Report of the King Institute of Preventive Medicine, Guindy
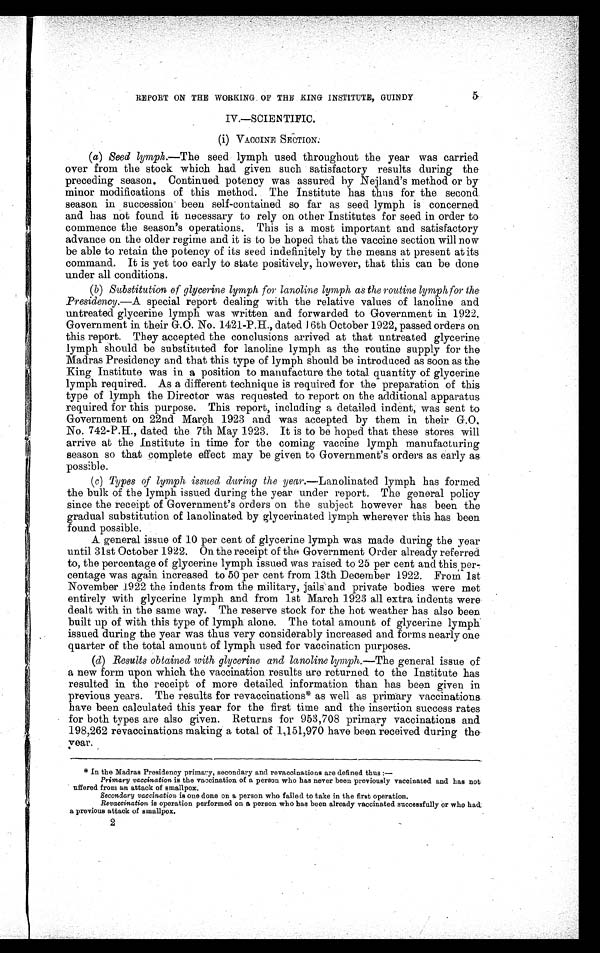
REPORT ON THE WORKING OF THE KING INSTITUTE, GUINDY
5
IV.—SCIENTIFIC.
(i) VACCINE SECTION.
(a) Seed lympk.—The seed lymph used throughout the year was carried
over from the stock which had given such satisfactory results during the
preceding season. Continued potency was assured by Nejland's method or by
minor modifications of this method. The Institute has thus for the second
season in succession been self-contained so far as seed lymph is concerned
and has not found it necessary to rely on other Institutes for seed in order to
commence the season's operations. This is a most important and satisfactory
advance on the older regime and it is to be hoped that the vaccine section will now
be able to retain the potency of its seed indefinitely by the means at present at its
command. It is yet too early to state positively, however, that this can be done
under all conditions.
(b) Substitution of glycerine lymph for lanoline lymph as the routine lymph for the
Presidency. —A special report dealing with the relative values of lanoline and
untreated glycerine lymph was written and forwarded to Government in 1922.
Government in their G.O. No. 1421–P.H., dated 16th October 1922, passed orders on
this report. They accepted the conclusions arrived at that untreated glycerine
lymph should be substituted for lanoline lymph as the routine supply for the
Madras Presidency and that this type of lymph should be introduced as soon as the
King Institute was in a position to manufacture the total quantity of glycerine
lymph required. As a different technique is required for the preparation of this
type of lymph the Director was requested to report on the additional apparatus
required for this purpose. This report, including a detailed indent, was sent to
Government on 22nd March 1923 and was accepted by them in their G.O.
No. 742–P.H., dated the 7th May 1923. It is to be hoped that these stores will
arrive at the Institute in time for the coming vaccine lymph manufacturing
season so that complete effect may be given to Government's orders as early as
possible.
(c) Types of lymph issued during the year.—Lanolinated lymph has formed
the bulk of the lymph issued during the year under report. The general policy
since the receipt of Government's orders on the subject however has been the
gradual substitution of lanolinated by glycerinated lymph wherever this has been
found possible.
A general issue of 10 per cent of glycerine lymph was made during the year
until 31st October 1922. On the receipt of the Government Order already referred
to, the percentage of glycerine lymph issued was raised to 25 per cent and this per
centage was again increased to 50 per cent from 13th December 1922. From 1st
November 1922 the indents from the military, jails and private bodies were met
entirely with glycerine lymph and from 1st March 1923 all extra indents were
dealt with in the same way. The reserve stock for the hot weather has also been
built up of with this type of lymph alone. The total amount of glycerine lymph
issued during the year was thus very considerably increased and forms nearly one
quarter of the total amount of lymph used for vaccinaticn purposes.
(d) Results obtained with glycerine and lanoline lymph. —The general issue of
a new form upon which the vaccination results are returned to the Institute has
resulted in the receipt of more detailed information than has been given in
previous years. The results for revaccinations* as well as primary vaccinations
have been calculated this year for the first time and the insertion success rates
for both types are also given. Returns for 953,708 primary vaccinations and
198,262 revaccinations making a total of 1,151,970 have been received during the
year.
* In the Madras Presidency primary, secondary and revaccinations are defined thus :-
Primary vaccination is the vaccination of a person who has never been previously vaccinated and has not
suffered from an attack of smallpox.
Secondary vaccination is one done on a person who failed to take in the first operation.
Revaccination is operation performed on a person who has been already vaccinated successfully or who had
a previous attack of smallpox.
2